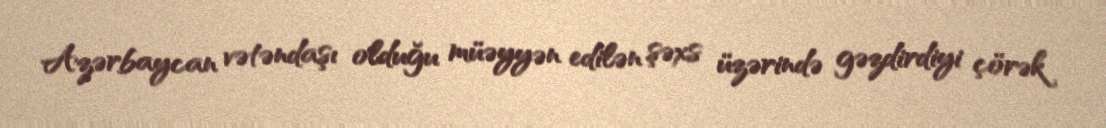
Azərbaycan vətəndaşı olduğu müəyyən edilən şəxs üzərində gəzdirdiyi çörək